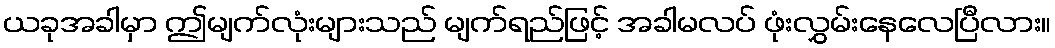
ယခုအခါမှာ ဤမျက်လုံးများသည် မျက်ရည်ဖြင့် အခါမလပ် ဖုံးလွှမ်းနေလေပြီလား။